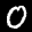
Label: 0